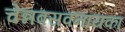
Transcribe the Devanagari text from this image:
चेन्नबसवनायका